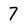
Character: 7